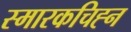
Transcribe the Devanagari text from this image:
स्मारकचिह्न